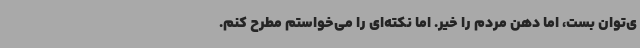
ی‌توان بست، اما دهن مردم را خیر. اما نکته‌ای را می‌خواستم مطرح کنم.